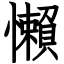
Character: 懶